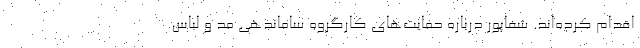
اقدام کرده‌اند. شفاپور درباره حمایت‌های کارگروه ساماندهی مد و لباس